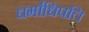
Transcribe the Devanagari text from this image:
धर्माधिपति